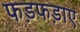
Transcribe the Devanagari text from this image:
फड़फड़ाए